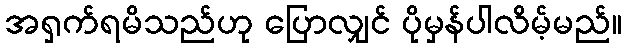
အရှက်ရမိသည်ဟု ပြောလျှင် ပိုမှန်ပါလိမ့်မည်။